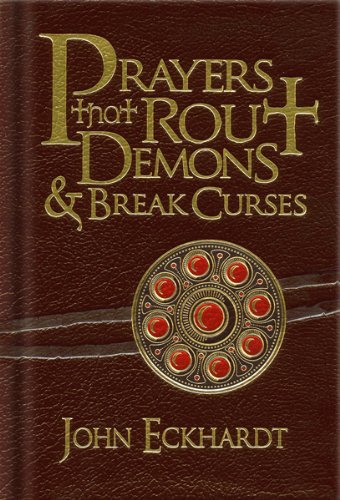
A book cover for Prayers That Rout Demons and Break Curses; John Eckhardt; Christian Books & Bibles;